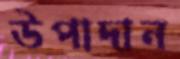
উপাদান